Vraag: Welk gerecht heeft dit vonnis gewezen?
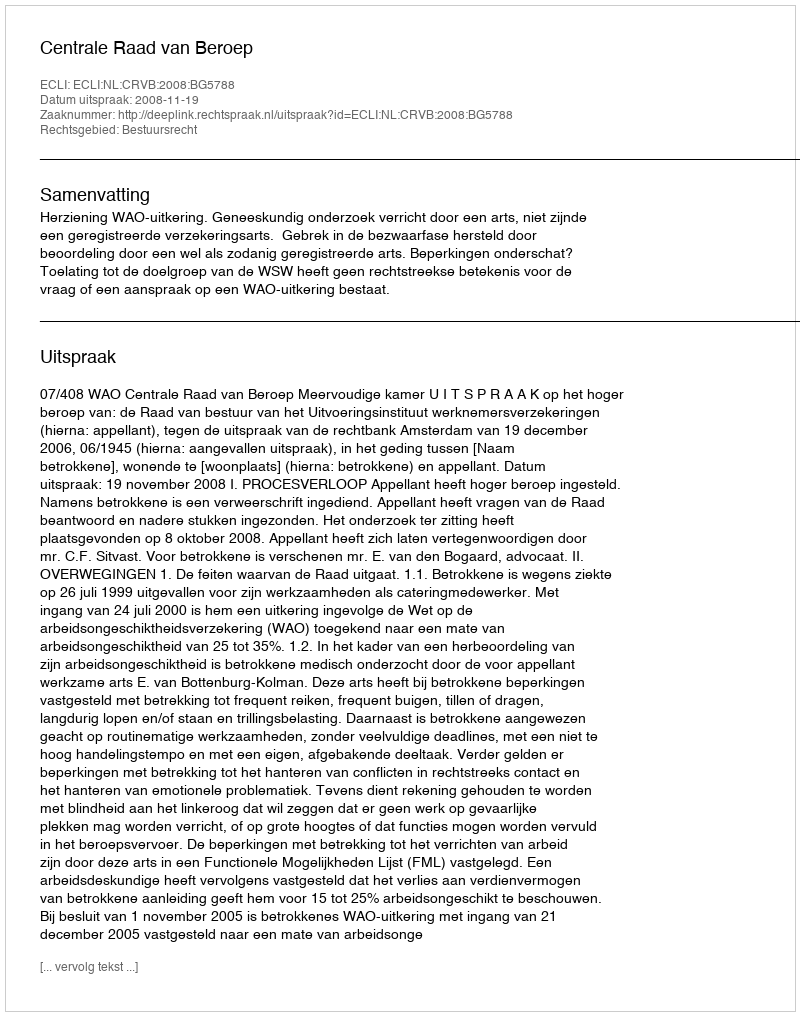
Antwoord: Centrale Raad van Beroep